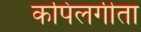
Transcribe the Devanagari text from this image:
कपिलगीता